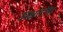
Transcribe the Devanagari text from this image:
अक्षतांना